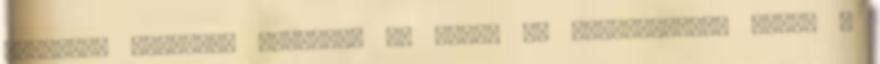
messiási köntösbe bújtatni és ezzel is megnyugtatni magam a